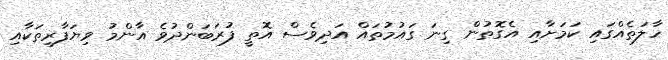
ހާލަތެއްގައި ކަމަށާއި އެގޮތުން ގިނަ ގައުމުތައް އަދިވެސް އޮތީ ފުރަބަންދުވެ އާންމު ވިޔަފާރިތަކާއި